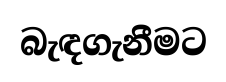
බැඳගැනීමට